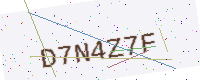
Text: D7N4Z7F